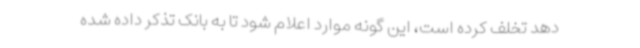
دهد تخلف کرده است، این گونه موارد اعلام شود تا به بانک تذکر داده شده